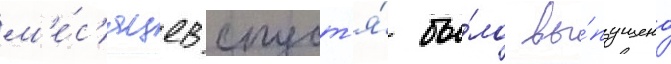
м'е́с'яцев спуст'я́ бы́ло вы́пущено